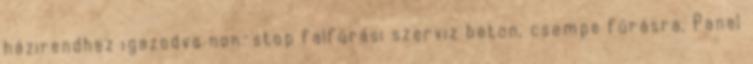
házirendhez igazodva non-stop falfúrási szerviz beton, csempe fúrásra. Panel